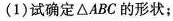
(1)试确定\triangleABC的形状；